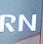
rn